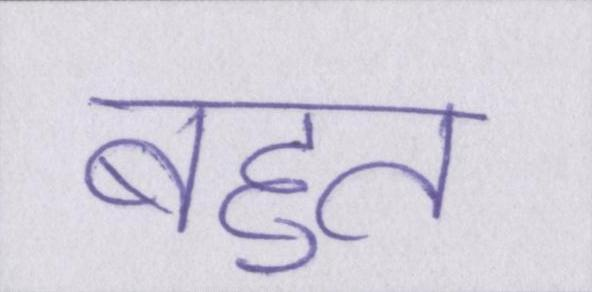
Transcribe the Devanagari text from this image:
बहुत